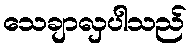
သေချာလှပါသည်